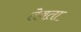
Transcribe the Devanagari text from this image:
तेवता